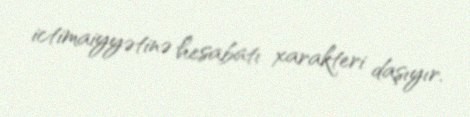
ictimaiyyətinə hesabatı xarakteri daşıyır.